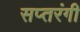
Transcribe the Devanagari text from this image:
सप्‍तरंगी